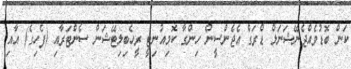
ކަން ބޮޑުވެއްޖެނޭޝަނަލް ޑްރަގް އެޖެންސީން ހިންގާ ކޮމިއުނިޓީ ރީހެބިލިޓޭޝަން ސެންޓަރާއި (ފެހިގެ) އާއި